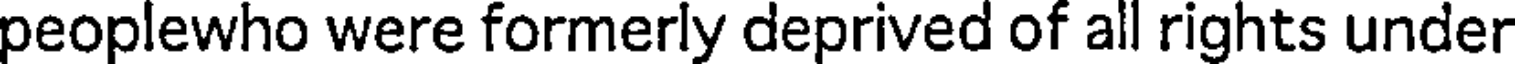
peoplewho were formerly deprived of all rights under